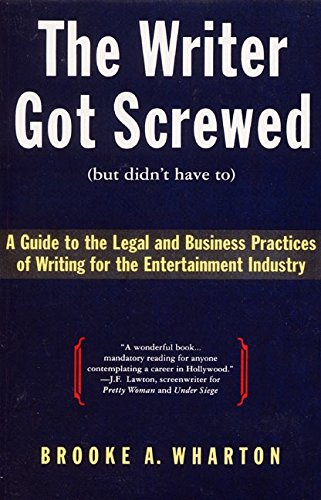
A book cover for The Writer Got Screwed (but didn't have to): Guide to the Legal and Business Practices of Writing for the Entertainment Industry; Brooke A. Wharton; Law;